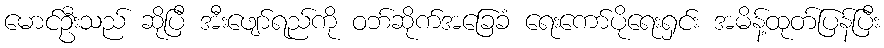
မောင်ဦးသည် ဆိုပြီ အီးဖျော်ရည်ကို ဝဘ်ဆိုက်အခြေခံ ရေးကော်ပိုရေးရှင်း အမိန့်ထုတ်ပြန်ပြီး